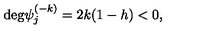
\mathrm { d e g } \psi _ { j } ^ { ( - k ) } = 2 k ( 1 - h ) < 0 ,